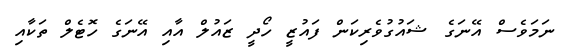
ނަމަވެސް އޭނަގެ ޝައުގުވެރިކަން ފައުޒީ ހޯދީ ޒައުލް އާއި އޭނަގެ ހޮޓެލް ތަކާއި